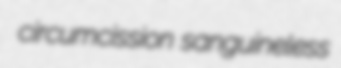
circumcission sanguineless